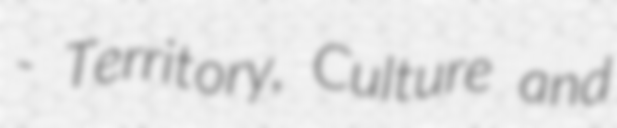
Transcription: - Territory, Culture and